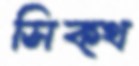
সিক্থ